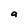
Character: a